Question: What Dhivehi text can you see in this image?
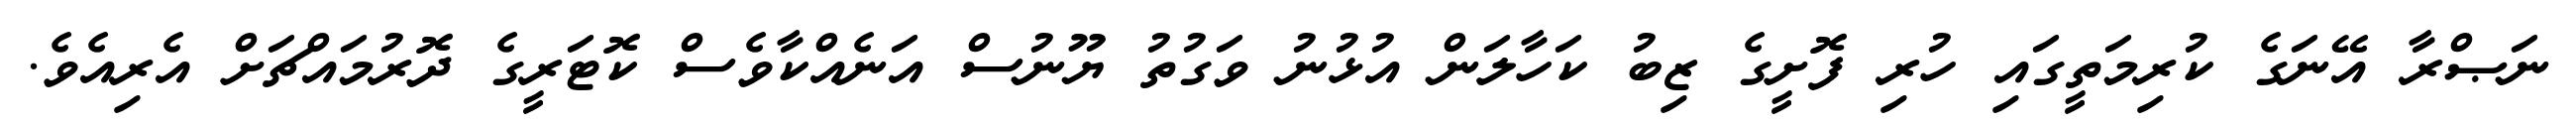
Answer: ނަޞްރާ އޭނަގެ ކުރިމަތީގައި ހުރި ފޮށީގެ ޒިބު ކަހާލަން އުޅުނު ވަގުތު ޔޫނުސް އަނެއްކާވެސް ކޮޓަރީގެ ދޮރުމައްޗަށް އެރިއެވެ.